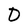
Character: D